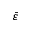
\bar { \varepsilon }